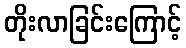
တိုးလာခြင်းကြောင့်